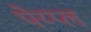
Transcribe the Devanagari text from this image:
पेय्प्ल